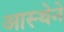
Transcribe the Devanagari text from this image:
आस्‍थेने